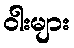
ဝါးများ